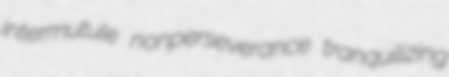
intermutule nonperseverance tranquilizing